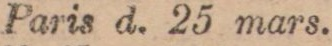
Paris d. 25 mars.